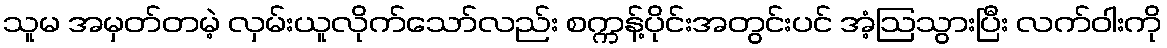
သူမ အမှတ်တမဲ့ လှမ်းယူလိုက်သော်လည်း စက္ကန့်ပိုင်းအတွင်းပင် အံ့ဩသွားပြီး လက်ဝါးကို